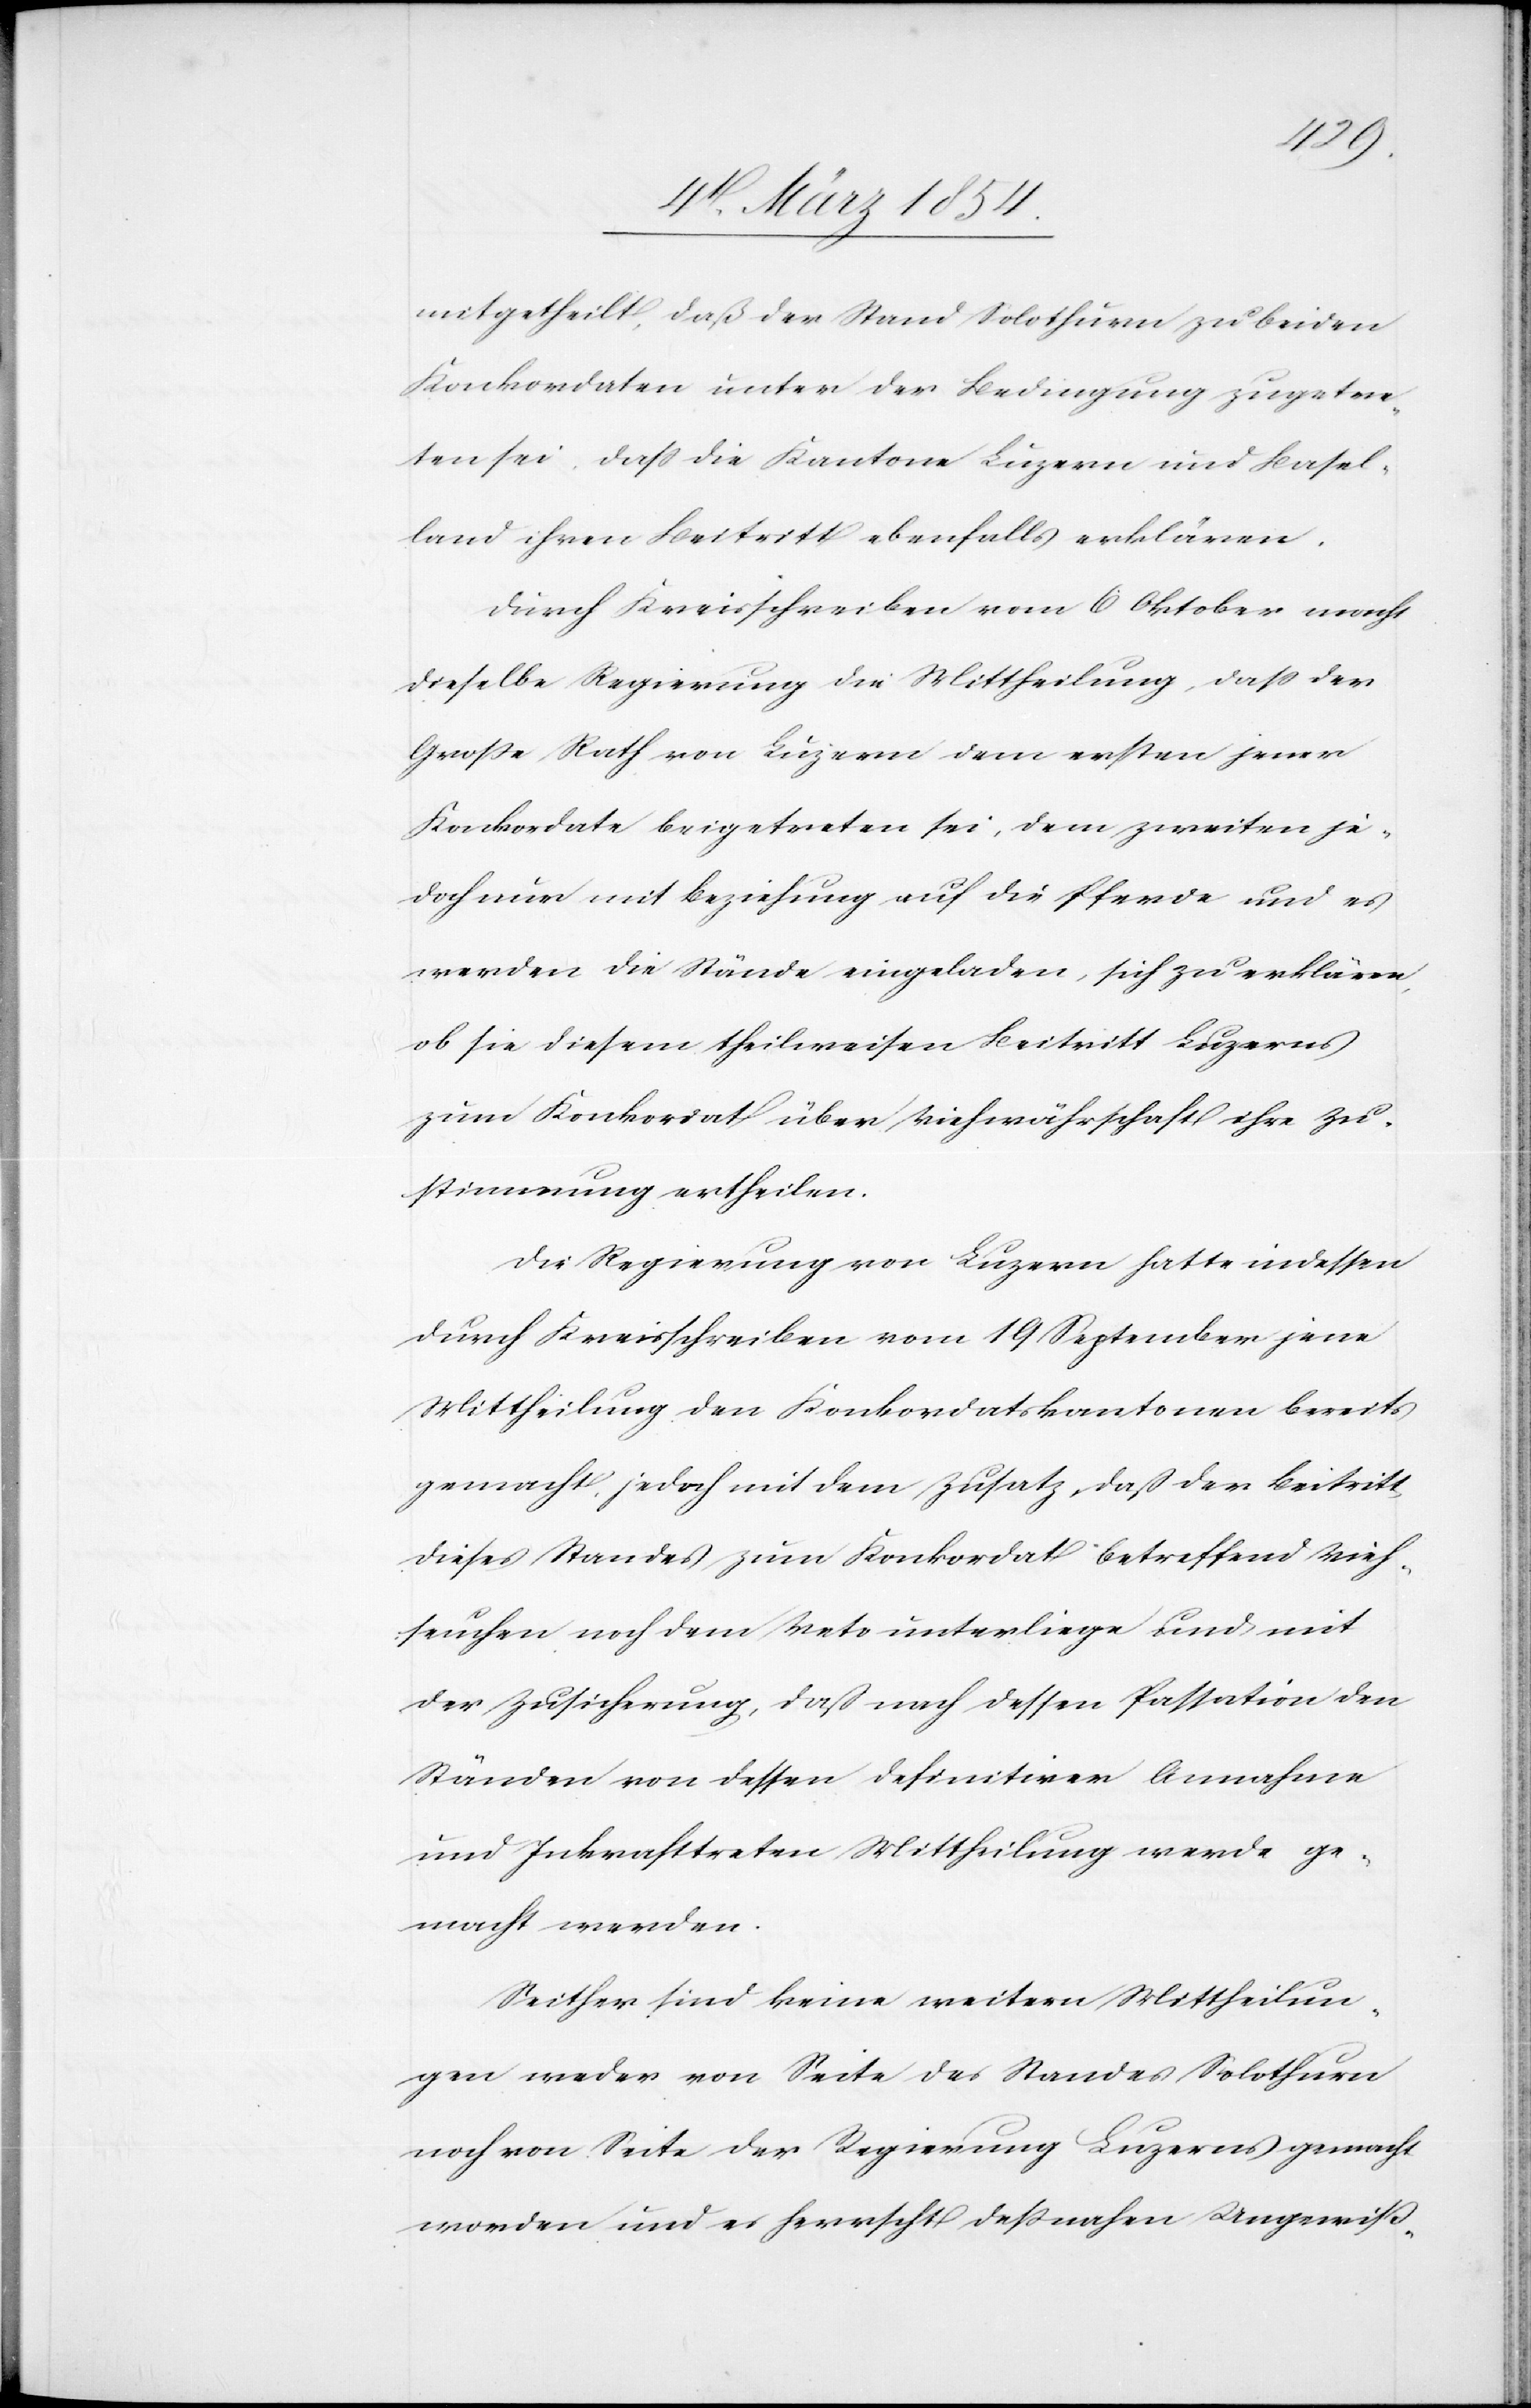
mitgetheilt, daß der Stand Solothurn zu beiden
Konkordaten unter der Bedingung zugetre¬
ten sei, daß die Kantone Luzern und Basel¬
land ihren Beitritt ebenfalls erklären.
Durch Kreisschreib en vom 6 Oktober macht
dieselbe Regierung die Mittheilung, daß der
Große Rath von Luerzn dem ersten jener
Konkordate beigetreten sei, dem zweiten je¬
doch nur mit Beziehung auf die Pferde und es
werden die Stände eingeladen, sich zu erklären,
ob sie diesem theilweisen Beitritt Luzern
zum Konkordat über Viehwährschaft ihre Zu¬
stimmung ertheilen.
Die Regierung von Luzern hatte indessen
durch Kreisschreiben vom 19 September jene
Mittheilung den Konkordatskantonen bereits
gemacht, jedoch mit dem Zusatz, daß der Beitritt
dieses Standes zum Konkordat betreffend Vieh¬
seuchen noch dem Veto unterliege und mit
der Zusicherung, daß nach dessen Passation den
Ständen von dessen definitiver Annahme
und Inkrafttreten Mittheilung werde ge¬
macht werden.
Seither sind keine weitern Mittheilun¬
gen weder von Seite des Standes Solothurn
noch von Seite der Regierung Luzern gemacht
worden und es herrscht deßnahen Ungewiß-